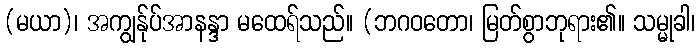
(မယာ)၊ အကျွန်ုပ်အာနန္ဒာ မထေရ်သည်။ (ဘဂဝတော၊ မြတ်စွာဘုရား၏။ သမ္မုခါ၊